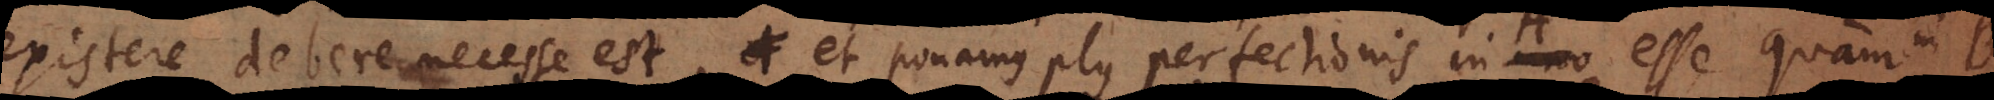
existere debere necesse est, et ponamus plus perfectionis in A esse quam